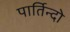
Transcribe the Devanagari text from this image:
पार्तिन्दो